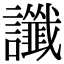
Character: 讖